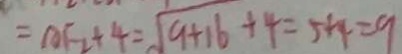
= A F _ { 2 } + 4 = \sqrt { 9 + 1 6 } + 4 = 5 + 4 = 9